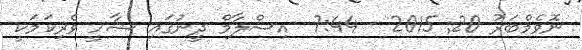
ނޮވެމްބަރު 20